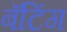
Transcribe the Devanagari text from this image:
बॅटिंग